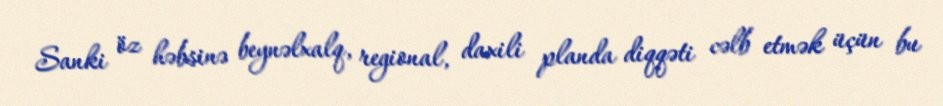
Sanki öz həbsinə beynəlxalq, regional, daxili planda diqqəti cəlb etmək üçün bu